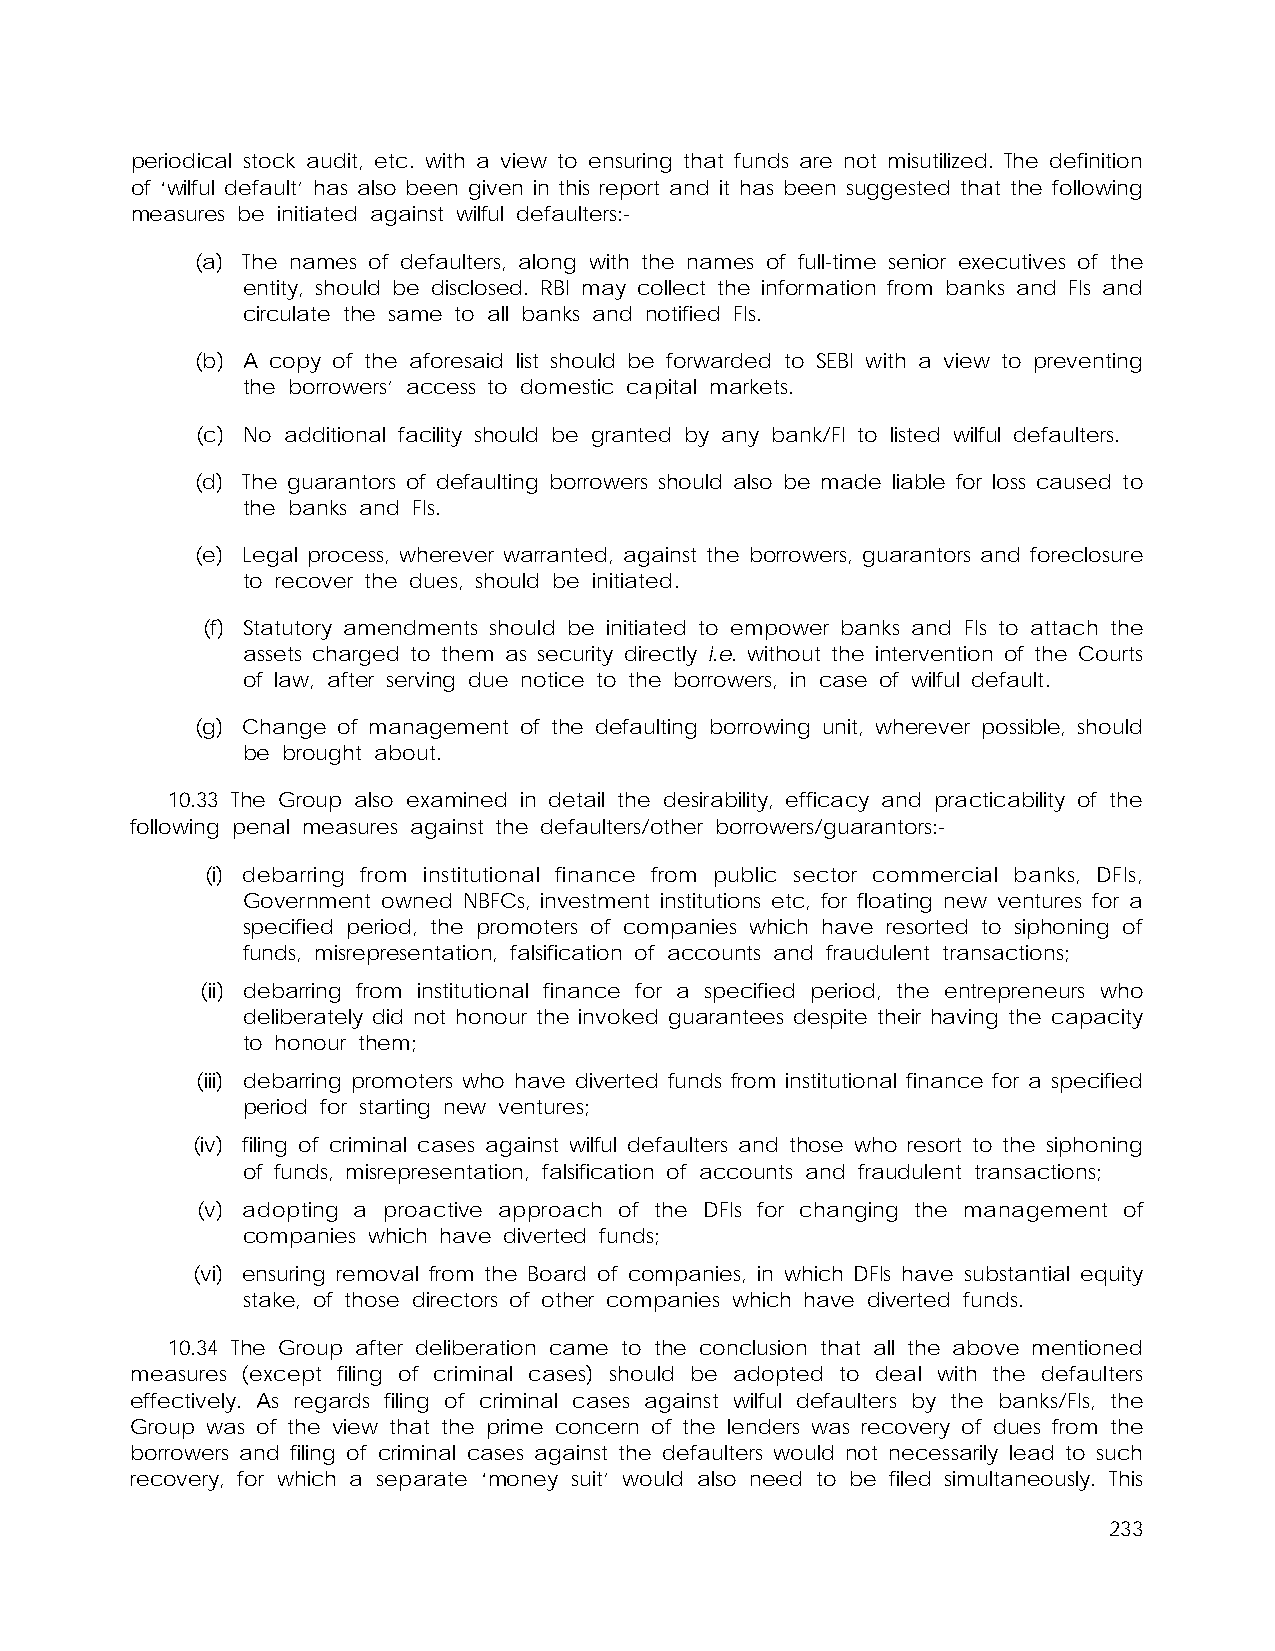
periodical stock audit, etc. with a view to ensuring that funds are not misutilized. The definition
 of ‘wilful default’ has also been given in this report and it has been suggested that the following
 measures be initiated against wilful defaulters:-
 (a) The names of defaulters, along with the names of full-time senior executives of the
 entity, should be disclosed. RBI may collect the information from banks and FIs and
 circulate the same to all banks and notified FIs.
 (b) A copy of the aforesaid list should be forwarded to SEBI with a view to preventing
 the borrowers’ access to domestic capital markets.
 (c) No additional facility should be granted by any bank/FI to listed wilful defaulters.
 (d) The guarantors of defaulting borrowers should also be made liable for loss caused to
 the banks and FIs.
 (e) Legal process, wherever warranted, against the borrowers, guarantors and foreclosure
 to recover the dues, should be initiated.
 (f) Statutory amendments should be initiated to empower banks and FIs to attach the
 assets charged to them as security directly i.e. without the intervention of the Courts
 of law, after serving due notice to the borrowers, in case of wilful default.
 (g) Change of management of the defaulting borrowing unit, wherever possible, should
 be brought about.
 10.33 The Group also examined in detail the desirability, efficacy and practicability of the
 following penal measures against the defaulters/other borrowers/guarantors:-
 (i) debarring from institutional finance from public sector commercial banks, DFIs,
 Government owned NBFCs, investment institutions etc, for floating new ventures for a
 specified period, the promoters of companies which have resorted to siphoning of
 funds, misrepresentation, falsification of accounts and fraudulent transactions;
 (ii) debarring from institutional finance for a specified period, the entrepreneurs who
 deliberately did not honour the invoked guarantees despite their having the capacity
 to honour them;
 (iii) debarring promoters who have diverted funds from institutional finance for a specified
 period for starting new ventures;
 (iv) filing of criminal cases against wilful defaulters and those who resort to the siphoning
 of funds, misrepresentation, falsification of accounts and fraudulent transactions;
 (v) adopting a proactive approach of the DFIs for changing the management of
 companies which have diverted funds;
 (vi) ensuring removal from the Board of companies, in which DFIs have substantial equity
 stake, of those directors of other companies which have diverted funds.
 10.34 The Group after deliberation came to the conclusion that all the above mentioned
 measures (except filing of criminal cases) should be adopted to deal with the defaulters
 effectively. As regards filing of criminal cases against wilful defaulters by the banks/FIs, the
 Group was of the view that the prime concern of the lenders was recovery of dues from the
 borrowers and filing of criminal cases against the defaulters would not necessarily lead to such
 recovery, for which a separate ‘money suit’ would also need to be filed simultaneously. This
 233